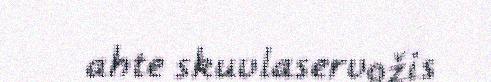
ahte skuvlaservožis